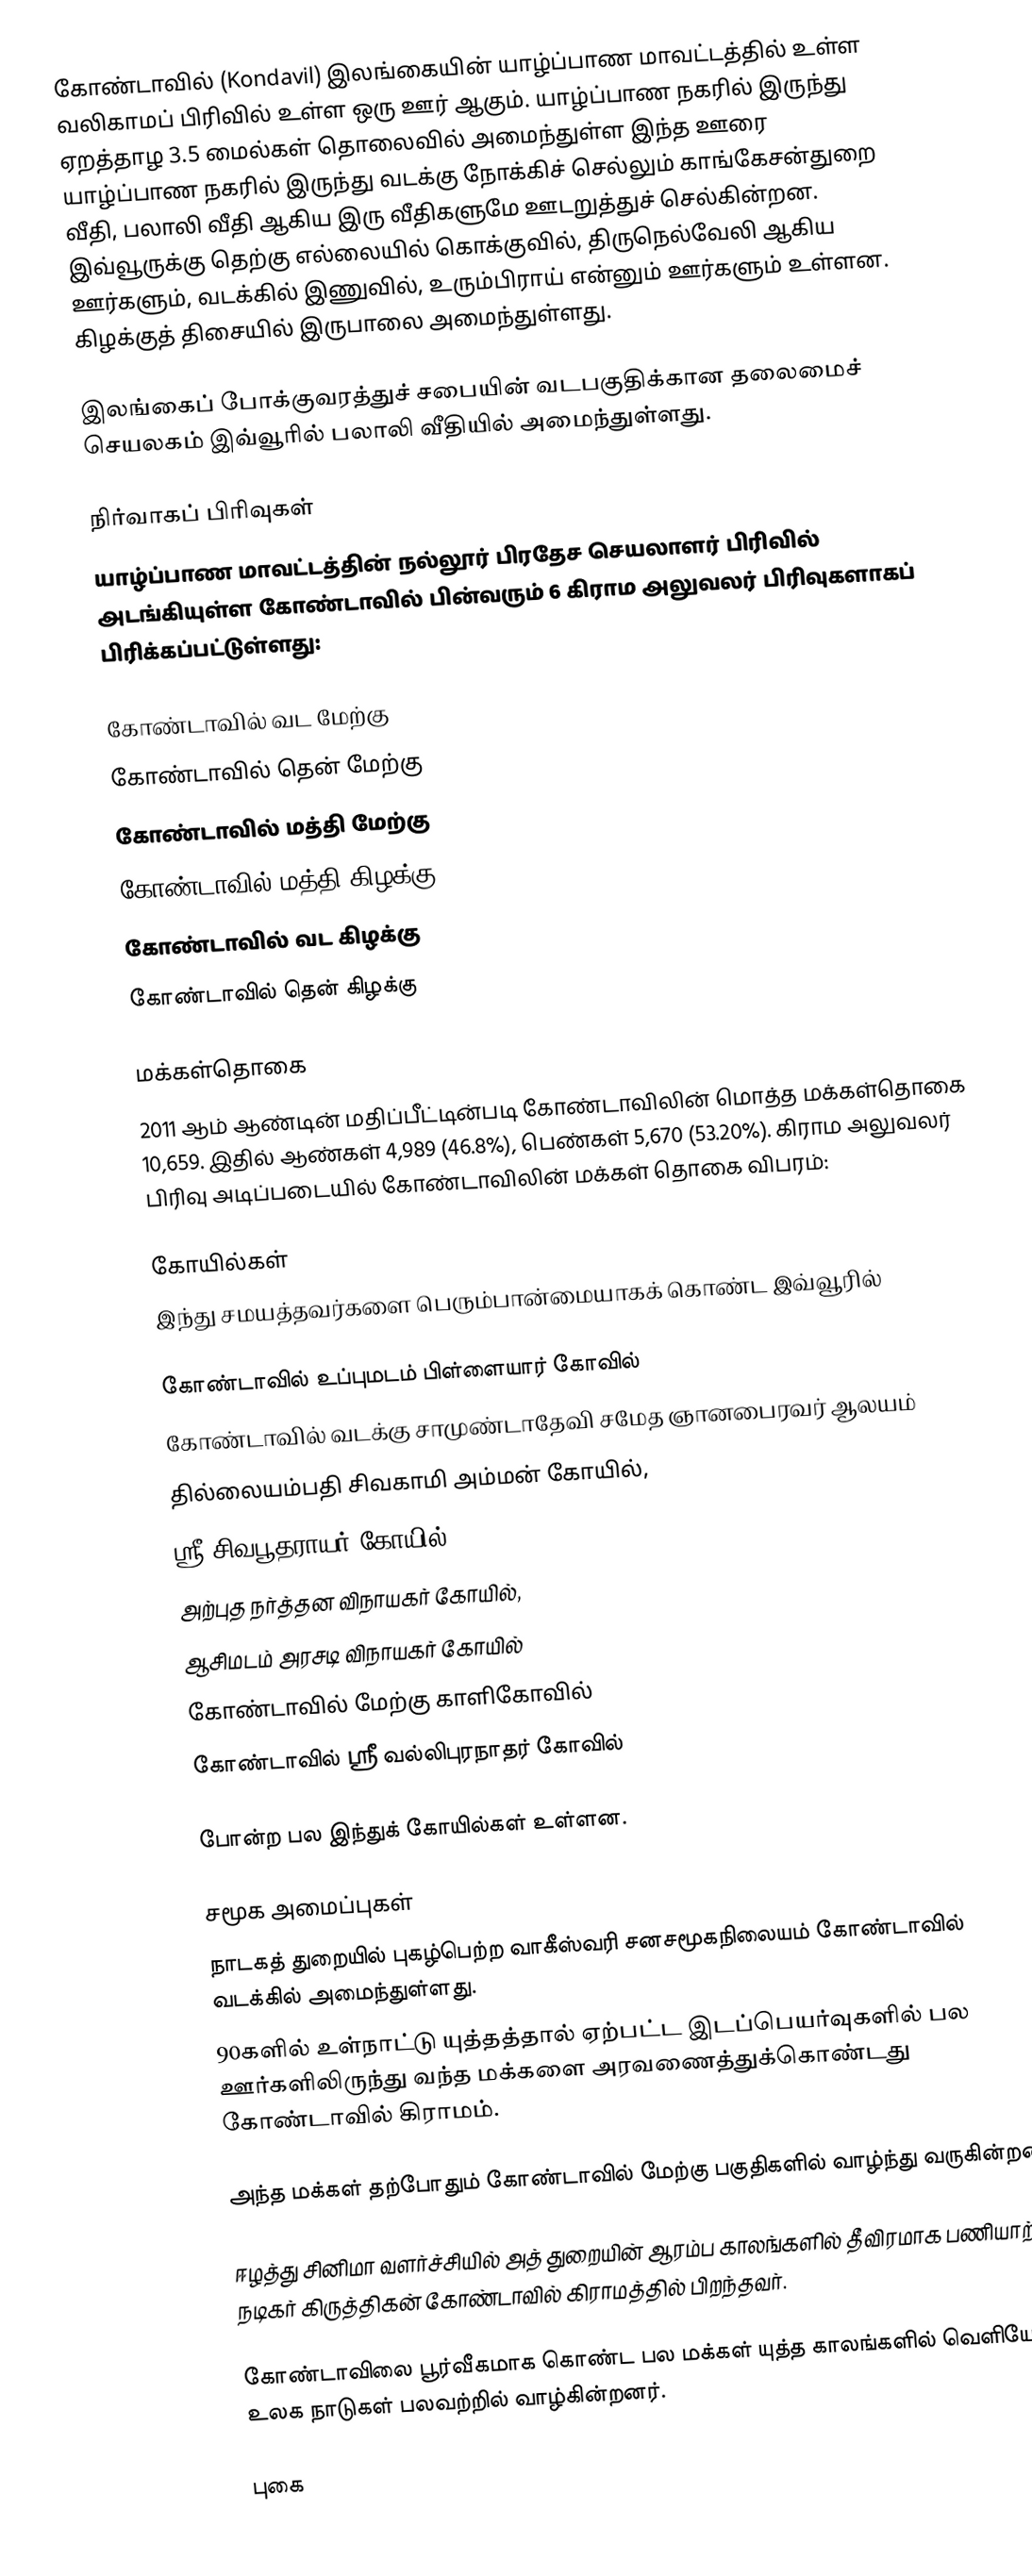
கோண்டாவில் (Kondavil) இலங்கையின் யாழ்ப்பாண மாவட்டத்தில் உள்ள வலிகாமப் பிரிவில் உள்ள ஒரு ஊர் ஆகும். யாழ்ப்பாண நகரில் இருந்து ஏறத்தாழ 3.5 மைல்கள் தொலைவில் அமைந்துள்ள இந்த ஊரை யாழ்ப்பாண நகரில் இருந்து வடக்கு நோக்கிச் செல்லும் காங்கேசன்துறை வீதி, பலாலி வீதி ஆகிய இரு வீதிகளுமே ஊடறுத்துச் செல்கின்றன. இவ்வூருக்கு தெற்கு எல்லையில் கொக்குவில், திருநெல்வேலி ஆகிய ஊர்களும், வடக்கில் இணுவில், உரும்பிராய் என்னும் ஊர்களும் உள்ளன. கிழக்குத் திசையில் இருபாலை அமைந்துள்ளது.

இலங்கைப் போக்குவரத்துச் சபையின் வடபகுதிக்கான தலைமைச் செயலகம் இவ்வூரில் பலாலி வீதியில் அமைந்துள்ளது.

நிர்வாகப் பிரிவுகள்
யாழ்ப்பாண மாவட்டத்தின் நல்லூர் பிரதேச செயலாளர் பிரிவில் அடங்கியுள்ள கோண்டாவில் பின்வரும் 6 கிராம அலுவலர் பிரிவுகளாகப் பிரிக்கப்பட்டுள்ளது:

 கோண்டாவில் வட மேற்கு
 கோண்டாவில் தென் மேற்கு
 கோண்டாவில் மத்தி மேற்கு
 கோண்டாவில் மத்தி கிழக்கு
 கோண்டாவில் வட கிழக்கு
 கோண்டாவில் தென் கிழக்கு

மக்கள்தொகை
2011 ஆம் ஆண்டின் மதிப்பீட்டின்படி கோண்டாவிலின் மொத்த மக்கள்தொகை 10,659. இதில் ஆண்கள் 4,989 (46.8%), பெண்கள் 5,670 (53.20%). கிராம அலுவலர் பிரிவு அடிப்படையில் கோண்டாவிலின் மக்கள் தொகை விபரம்:

கோயில்கள்
இந்து சமயத்தவர்களை பெரும்பான்மையாகக் கொண்ட இவ்வூரில்

 கோண்டாவில் உப்புமடம் பிள்ளையார் கோவில்
 கோண்டாவில் வடக்கு சாமுண்டாதேவி சமேத ஞானபைரவர் ஆலயம்
 தில்லையம்பதி சிவகாமி அம்மன் கோயில்,
 ஸ்ரீ சிவபூதராயர் கோயில்,
 அற்புத நர்த்தன விநாயகர் கோயில்,
 ஆசிமடம் அரசடி விநாயகர் கோயில்
கோண்டாவில் மேற்கு காளிகோவில்
கோண்டாவில் ஸ்ரீ வல்லிபுரநாதர் கோவில்

போன்ற பல இந்துக் கோயில்கள் உள்ளன.

சமூக அமைப்புகள்
 நாடகத் துறையில் புகழ்பெற்ற வாகீஸ்வரி சனசமூகநிலையம் கோண்டாவில் வடக்கில் அமைந்துள்ளது.
 90களில் உள்நாட்டு யுத்தத்தால் ஏற்பட்ட இடப்பெயர்வுகளில் பல ஊர்களிலிருந்து வந்த மக்களை அரவணைத்துக்கொண்டது கோண்டாவில் கிராமம்.

அந்த மக்கள் தற்போதும் கோண்டாவில் மேற்கு பகுதிகளில் வாழ்ந்து வருகின்றனர்.

 ஈழத்து சினிமா வளர்ச்சியில் அத் துறையின் ஆரம்ப காலங்களில் தீவிரமாக பணியாற்றிய நடிகர் கிருத்திகன் கோண்டாவில் கிராமத்தில் பிறந்தவர்.

கோண்டாவிலை பூர்வீகமாக கொண்ட பல மக்கள் யுத்த காலங்களில் வெளியேறி உலக நாடுகள் பலவற்றில் வாழ்கின்றனர்.

புகை